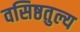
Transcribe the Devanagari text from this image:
वसिष्ठतुल्य